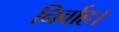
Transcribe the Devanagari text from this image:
निर्वाह।